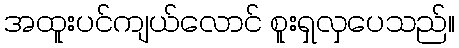
အထူးပင်ကျယ်လောင် စူးရှလှပေသည်။